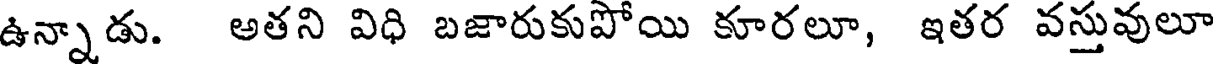
ఉన్నాడు. అతని విధి బజారుకుపోయి కూరలూ, ఇతర వస్తువులూ